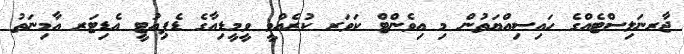
ޖާރނަލިސްޓެއްގެ ހައިސިއްޔަތުން މި އިވެންޓް ކަވަރ ކުރެއްވީ ވީމީޑިއާގެ ޑެޕިއުޓީ އެޑިޓަރ އާމިނަތު